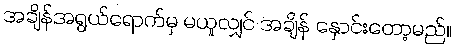
အချိန်အရွယ်ရောက်မှ မယူလျှင် အချိန် နှောင်းတော့မည်။